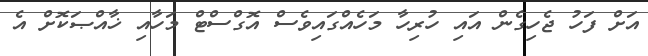
އަށް ފަހު ޖެހިގެން އައި ހުރިހާ މަހެއްގައިވެސް އޮގްސްޓް މަހާއި ޚާއްޞަކޮށް އެ